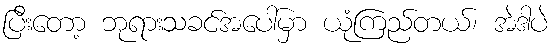
ပြီးတော့ ဘုရားသခင်အပေါ်မှာ ယုံကြည်တယ်၊ အဲဒါပဲ